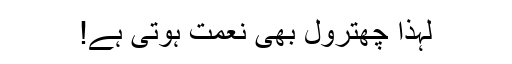
لہذا چھترول بھی نعمت ہوتی ہے!